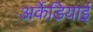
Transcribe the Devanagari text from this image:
अर्केडियाई